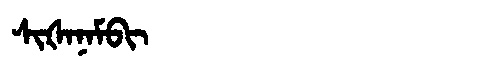
Manchu: ᠰᡳᡧᠠᠨᠠᠮᠪᡳ
Romanization: SIŠANAMBI